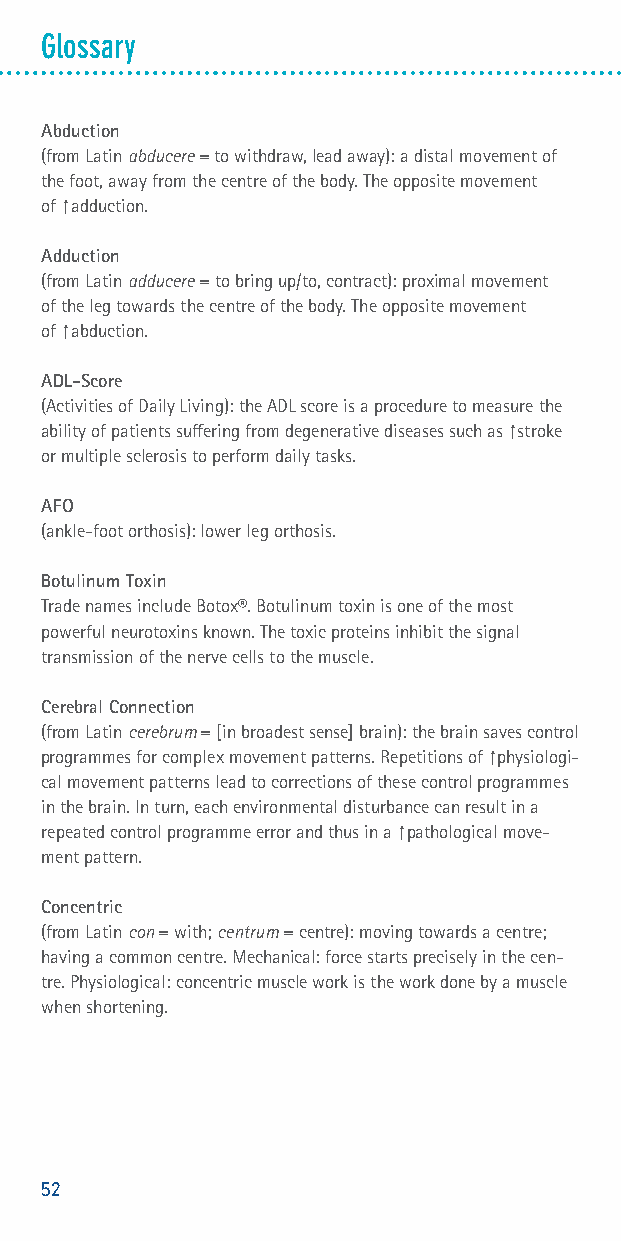
Glossary
 Abduction
 (from Latin abducere = to withdraw, lead away): a distal movement of
 the foot, away from the centre of the body. The opposite movement
 of ⁭ adduction.
 Adduction
 (from Latin adducere = to bring up/to, contract): proximal movement
 of the leg towards the centre of the body. The opposite movement
 of ⁭ abduction.
 ADL-Score
 (Activities of Daily Living): the ADL score is a procedure to measure the
 ability of patients suffering from degenerative diseases such as ⁭ stroke
 or multiple sclerosis to perform daily tasks.
 AFO
 (ankle-foot orthosis): lower leg orthosis.
 Botulinum Toxin
 Trade names include Botox®. Botulinum toxin is one of the most
 powerful neurotoxins known. The toxic proteins inhibit the signal
 transmission of the nerve cells to the muscle.
 Cerebral Connection
 (from Latin cerebrum = [in broadest sense] brain): the brain saves control
 programmes for complex movement patterns. Repetitions of ⁭ physiologi-
 cal movement patterns lead to corrections of these control programmes
 in the brain. In turn, each environmental disturbance can result in a
 repeated control programme error and thus in a ⁭ pathological move-
 ment pattern.
 Concentric
 (from Latin con = with; centrum = centre): moving towards a centre;
 having a common centre. Mechanical: force starts precisely in the cen-
 tre. Physiological: concentric muscle work is the work done by a muscle
 when shortening.
 52